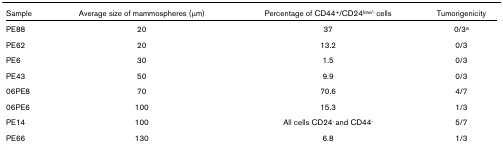
| Sample | Average size of mammospheres (μm) | Percentage of CD44+/CD24low/- cells | Tumorigenicity |
 | --- | --- | --- | --- |
 | PE88 | 20 | 37 | 0/3a |
 | PE62 | 20 | 13.2 | 0/3 |
 | PE6 | 30 | 1.5 | 0/3 |
 | PE43 | 50 | 9.9 | 0/3 |
 | 06PE8 | 70 | 70.6 | 4/7 |
 | 06PE6 | 100 | 15.3 | 1/3 |
 | PE14 | 100 | All cells CD24- and CD44- | 5/7 |
 | PE66 | 130 | 6.8 | 1/3 |